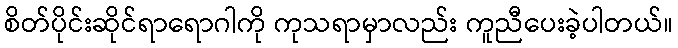
စိတ်ပိုင်းဆိုင်ရာရောဂါကို ကုသရာမှာလည်း ကူညီပေးခဲ့ပါတယ်။